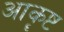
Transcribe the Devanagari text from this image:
आकॄष्ट